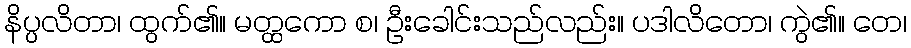
နိပ္ပလိတာ၊ ထွက်၏။ မတ္ထကော စ၊ ဦးခေါင်းသည်လည်း။ ပဒါလိတော၊ ကွဲ၏။ တေ၊